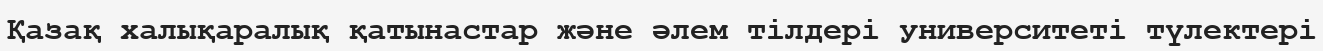
Қазақ халықаралық қатынастар және әлем тілдері университеті түлектері